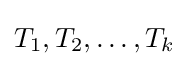
T_{1},T_{2},\ldots ,T_{k}